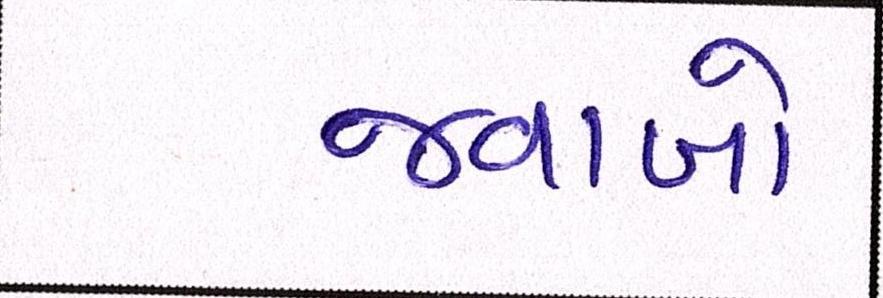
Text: જવાબો